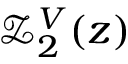
\mathcal { Z } _ { 2 } ^ { V } ( z )